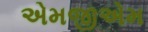
એમજીએમ